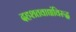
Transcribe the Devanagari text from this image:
दहशतवाद्यांविरुद्ध